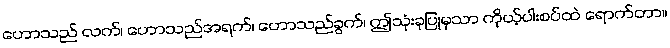
ဟောသည် လက်၊ ဟောသည်အရက်၊ ဟောသည်ခွက်၊ ဤသုံးခုပြုမှသာ ကိုယ့်ပါးစပ်ထဲ ရောက်တာ။